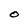
Character: O